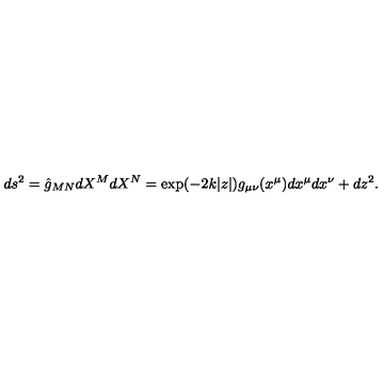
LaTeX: d s ^ { 2 } = \hat { g } _ { M N } d X ^ { M } d X ^ { N } = \exp ( - 2 k | z | ) g _ { \mu \nu } ( x ^ { \mu } ) d x ^ { \mu } d x ^ { \nu } + d z ^ { 2 } .